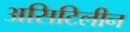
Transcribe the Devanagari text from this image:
असिटिलीन